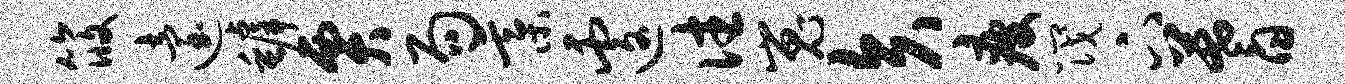
筱迨罅贾局綦遽往嵬矢疲筏下蓍